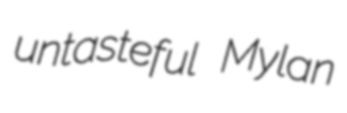
untasteful Mylan